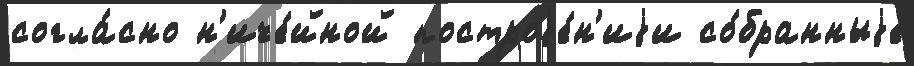
согла́сно н'иче́йной построjе́н'иjи со́бранныjе